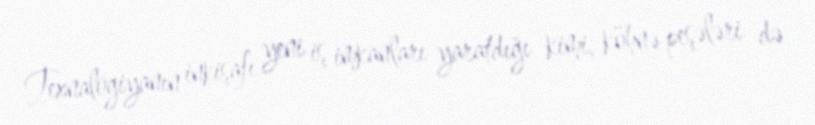
Texnalogiyanın inkişafı yeni iş imkanları yaratdığı kimi, köhnə peşələri də